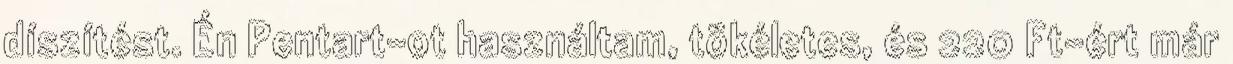
díszítést. Én Pentart-ot használtam, tökéletes, és 220 Ft-ért már